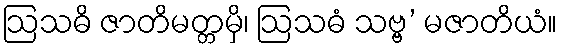
ဩသဓိ ဇာတိမတ္တမှိ၊ ဩသဓံ သဗ္ဗ’ မဇာတိယံ။